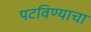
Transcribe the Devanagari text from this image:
पटविण्याचा